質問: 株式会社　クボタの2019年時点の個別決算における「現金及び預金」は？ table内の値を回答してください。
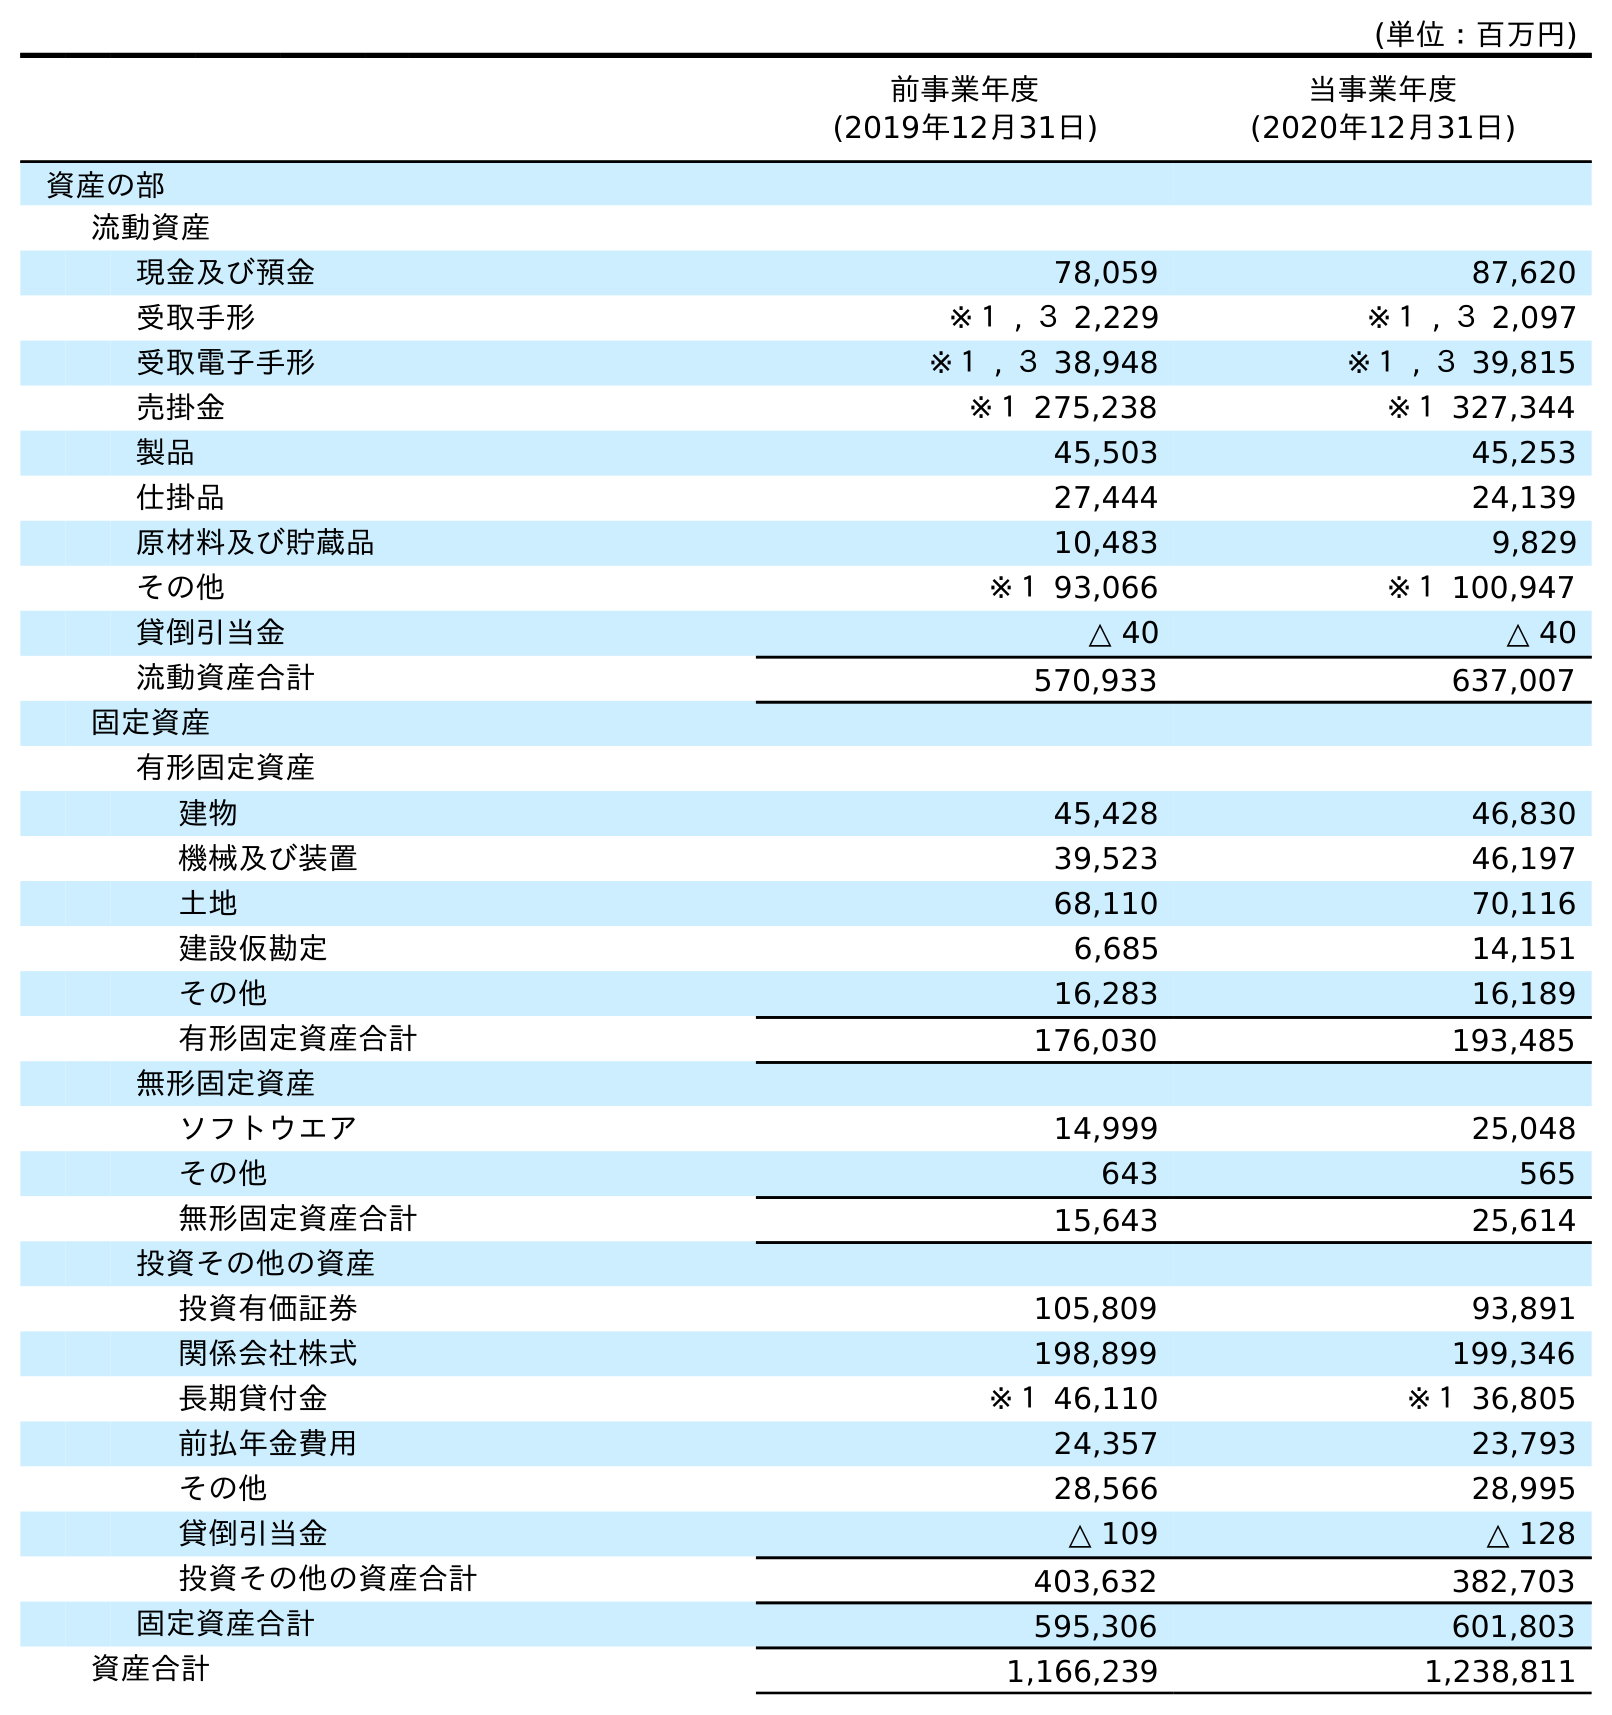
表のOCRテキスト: (単位：百万円) 前事業年度 (2019年12月31日) 当事業年度 (2020年12月31日) 資産の部 流動資産 現金及び預金 78,059 87,620 受取手形 ※１ , ３ 2,229 ※１ , ３ 2,097 受取電子手形 ※１ , ３ 38,948 ※１ , ３ 39,815 売掛金 ※１ 275,238 ※１ 327,344 製品 45,503 45,253 仕掛品 27,444 24,139 原材料及び貯蔵品 10,483 9,829 その他 ※１ 93,066 ※１ 100,947 貸倒引当金 △ 40 △ 40 流動資産合計 570,933 637,007 固定資産 有形固定資産 建物 45,428 46,830 機械及び装置 39,523 46,197 土地 68,110 70,116 建設仮勘定 6,685 14,151 その他 16,283 16,189 有形固定資産合計 176,030 193,485 無形固定資産 ソフトウエア 14,999 25,048 その他 643 565 無形固定資産合計 15,643 25,614 投資その他の資産 投資有価証券 105,809 93,891 関係会社株式 198,899 199,346 長期貸付金 ※１ 46,110 ※１ 36,805 前払年金費用 24,357 23,793 その他 28,566 28,995 貸倒引当金 △ 109 △ 128 投資その他の資産合計 403,632 382,703 固定資産合計 595,306 601,803 資産合計 1,166,239 1,238,811
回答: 78,059